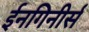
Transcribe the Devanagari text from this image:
ईनगिनीर्स